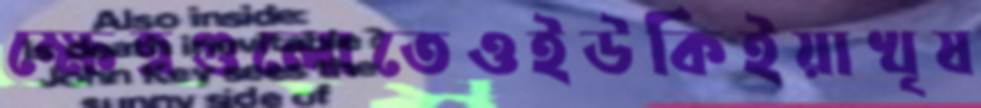
ক্ষেত্রগুলোতেওইউকিইয়াখৃষ